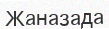
Жаназада